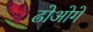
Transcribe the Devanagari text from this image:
ढोओगे